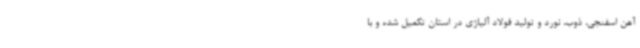
آهن اسفنجی، ذوب، نورد و تولید فولاد آلیاژی در استان تکمیل شده و با